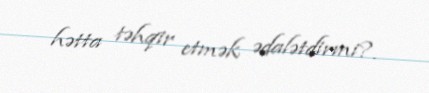
hətta təhqir etmək ədalətdirmi?.